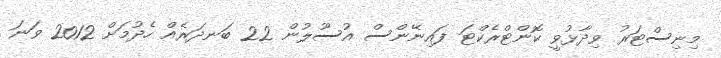
މިނިސްޓަރު ވިދާޅުވީ ކޮންޓްރެކްޓަ ފައިނޭންސް އުސޫލުން 22 ބަނދަރެއް ހެދުމަށް 2012 ވަނަ